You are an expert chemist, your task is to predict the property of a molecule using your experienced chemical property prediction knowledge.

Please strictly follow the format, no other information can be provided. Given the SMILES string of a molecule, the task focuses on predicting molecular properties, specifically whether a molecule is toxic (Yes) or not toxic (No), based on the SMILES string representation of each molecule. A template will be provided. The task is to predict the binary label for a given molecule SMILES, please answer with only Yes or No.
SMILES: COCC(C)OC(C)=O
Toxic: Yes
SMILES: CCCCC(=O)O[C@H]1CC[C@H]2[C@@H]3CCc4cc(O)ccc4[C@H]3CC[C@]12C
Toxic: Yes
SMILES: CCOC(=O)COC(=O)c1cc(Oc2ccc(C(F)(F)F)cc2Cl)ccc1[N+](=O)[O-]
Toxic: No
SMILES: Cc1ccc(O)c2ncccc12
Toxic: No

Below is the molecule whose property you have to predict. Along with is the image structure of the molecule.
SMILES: COc1cc2c(cc1OC)C(=O)C(CC1CCN(Cc3ccccc3)CC1)C2
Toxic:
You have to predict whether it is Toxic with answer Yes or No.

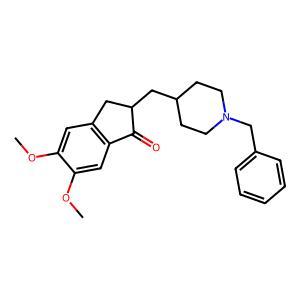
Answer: No